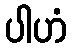
ပါဟံ